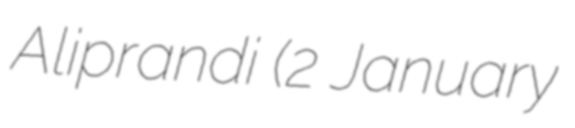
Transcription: Aliprandi (2 January